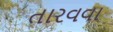
તારવવા